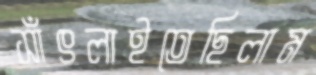
সাঁৎলাইতেছিলাম